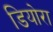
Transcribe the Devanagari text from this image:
डियोरा